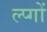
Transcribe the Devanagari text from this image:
ल्प्गों